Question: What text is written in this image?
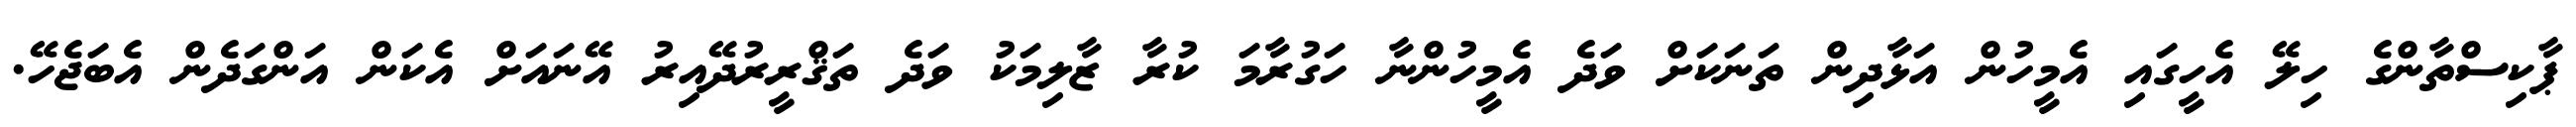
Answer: ޕާކިސްތާންގެ ހިލޭ އެހީގައި އެމީހުން އަޅާދިން ތަނަކަށް ވަދެ އެމީހުންނާ ހަގުރާމަ ކުރާ ޒާލިމަކު ވަދެ ތަޤްރީރުދޭއިރު އޭނައަށް އެކަން އަންގަދެން އެބަޖެހޭ.